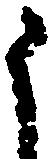
申